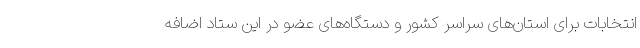
انتخابات برای استان‌های سراسر کشور و دستگاه‌های عضو در این ستاد اضافه